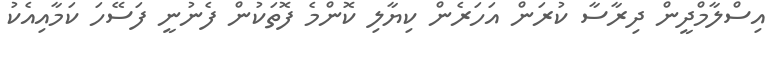
އިސްލާމްދީން ދިރާސާ ކުރަން އަހަރެން ކިޔާލި ކޮންމެ ފޮތަކުން ފެނުނީ ފަސޭހަ ކަމާއިއެކު